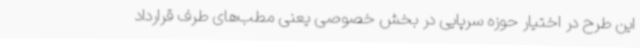
این طرح در اختیار حوزه سرپایی در بخش خصوصی یعنی مطب‌های طرف قرارداد